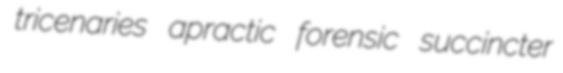
tricenaries apractic forensic succincter